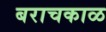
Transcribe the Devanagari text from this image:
बराचकाळ